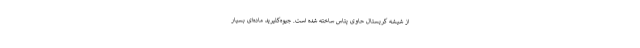
از شیشه کریستال حاوی پتاس ساخته شده است. جیوه‌کلیرید ماده‌ای بسیار